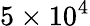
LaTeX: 5\times 10^{4}